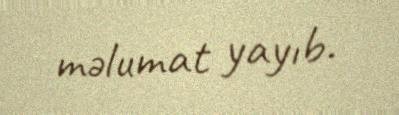
məlumat yayıb.